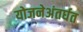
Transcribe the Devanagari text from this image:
योजनेअंतर्घत